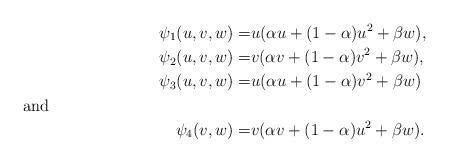
LaTeX: \begin{align*}\psi_1(u,v,w)=&u(\alpha u+(1-\alpha)u^2+\beta w),\\\psi_2(u,v,w)=&v(\alpha v+(1-\alpha)v^2+\beta w),\\\psi_3(u,v,w)=&u(\alpha u+(1-\alpha)v^2+\beta w)\shortintertext{and} \psi_4(v,w)=&v(\alpha v+(1-\alpha)u^2+\beta w).\end{align*}